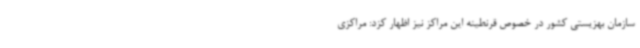
سازمان بهزیستی کشور در خصوص قرنطینه این مراکز نیز اظهار کزد: مراکزی